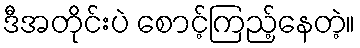
ဒီအတိုင်းပဲ စောင့်ကြည့်နေတဲ့။